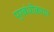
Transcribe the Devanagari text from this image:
प्रबंधीकरण